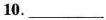
10.___